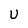
Character: U